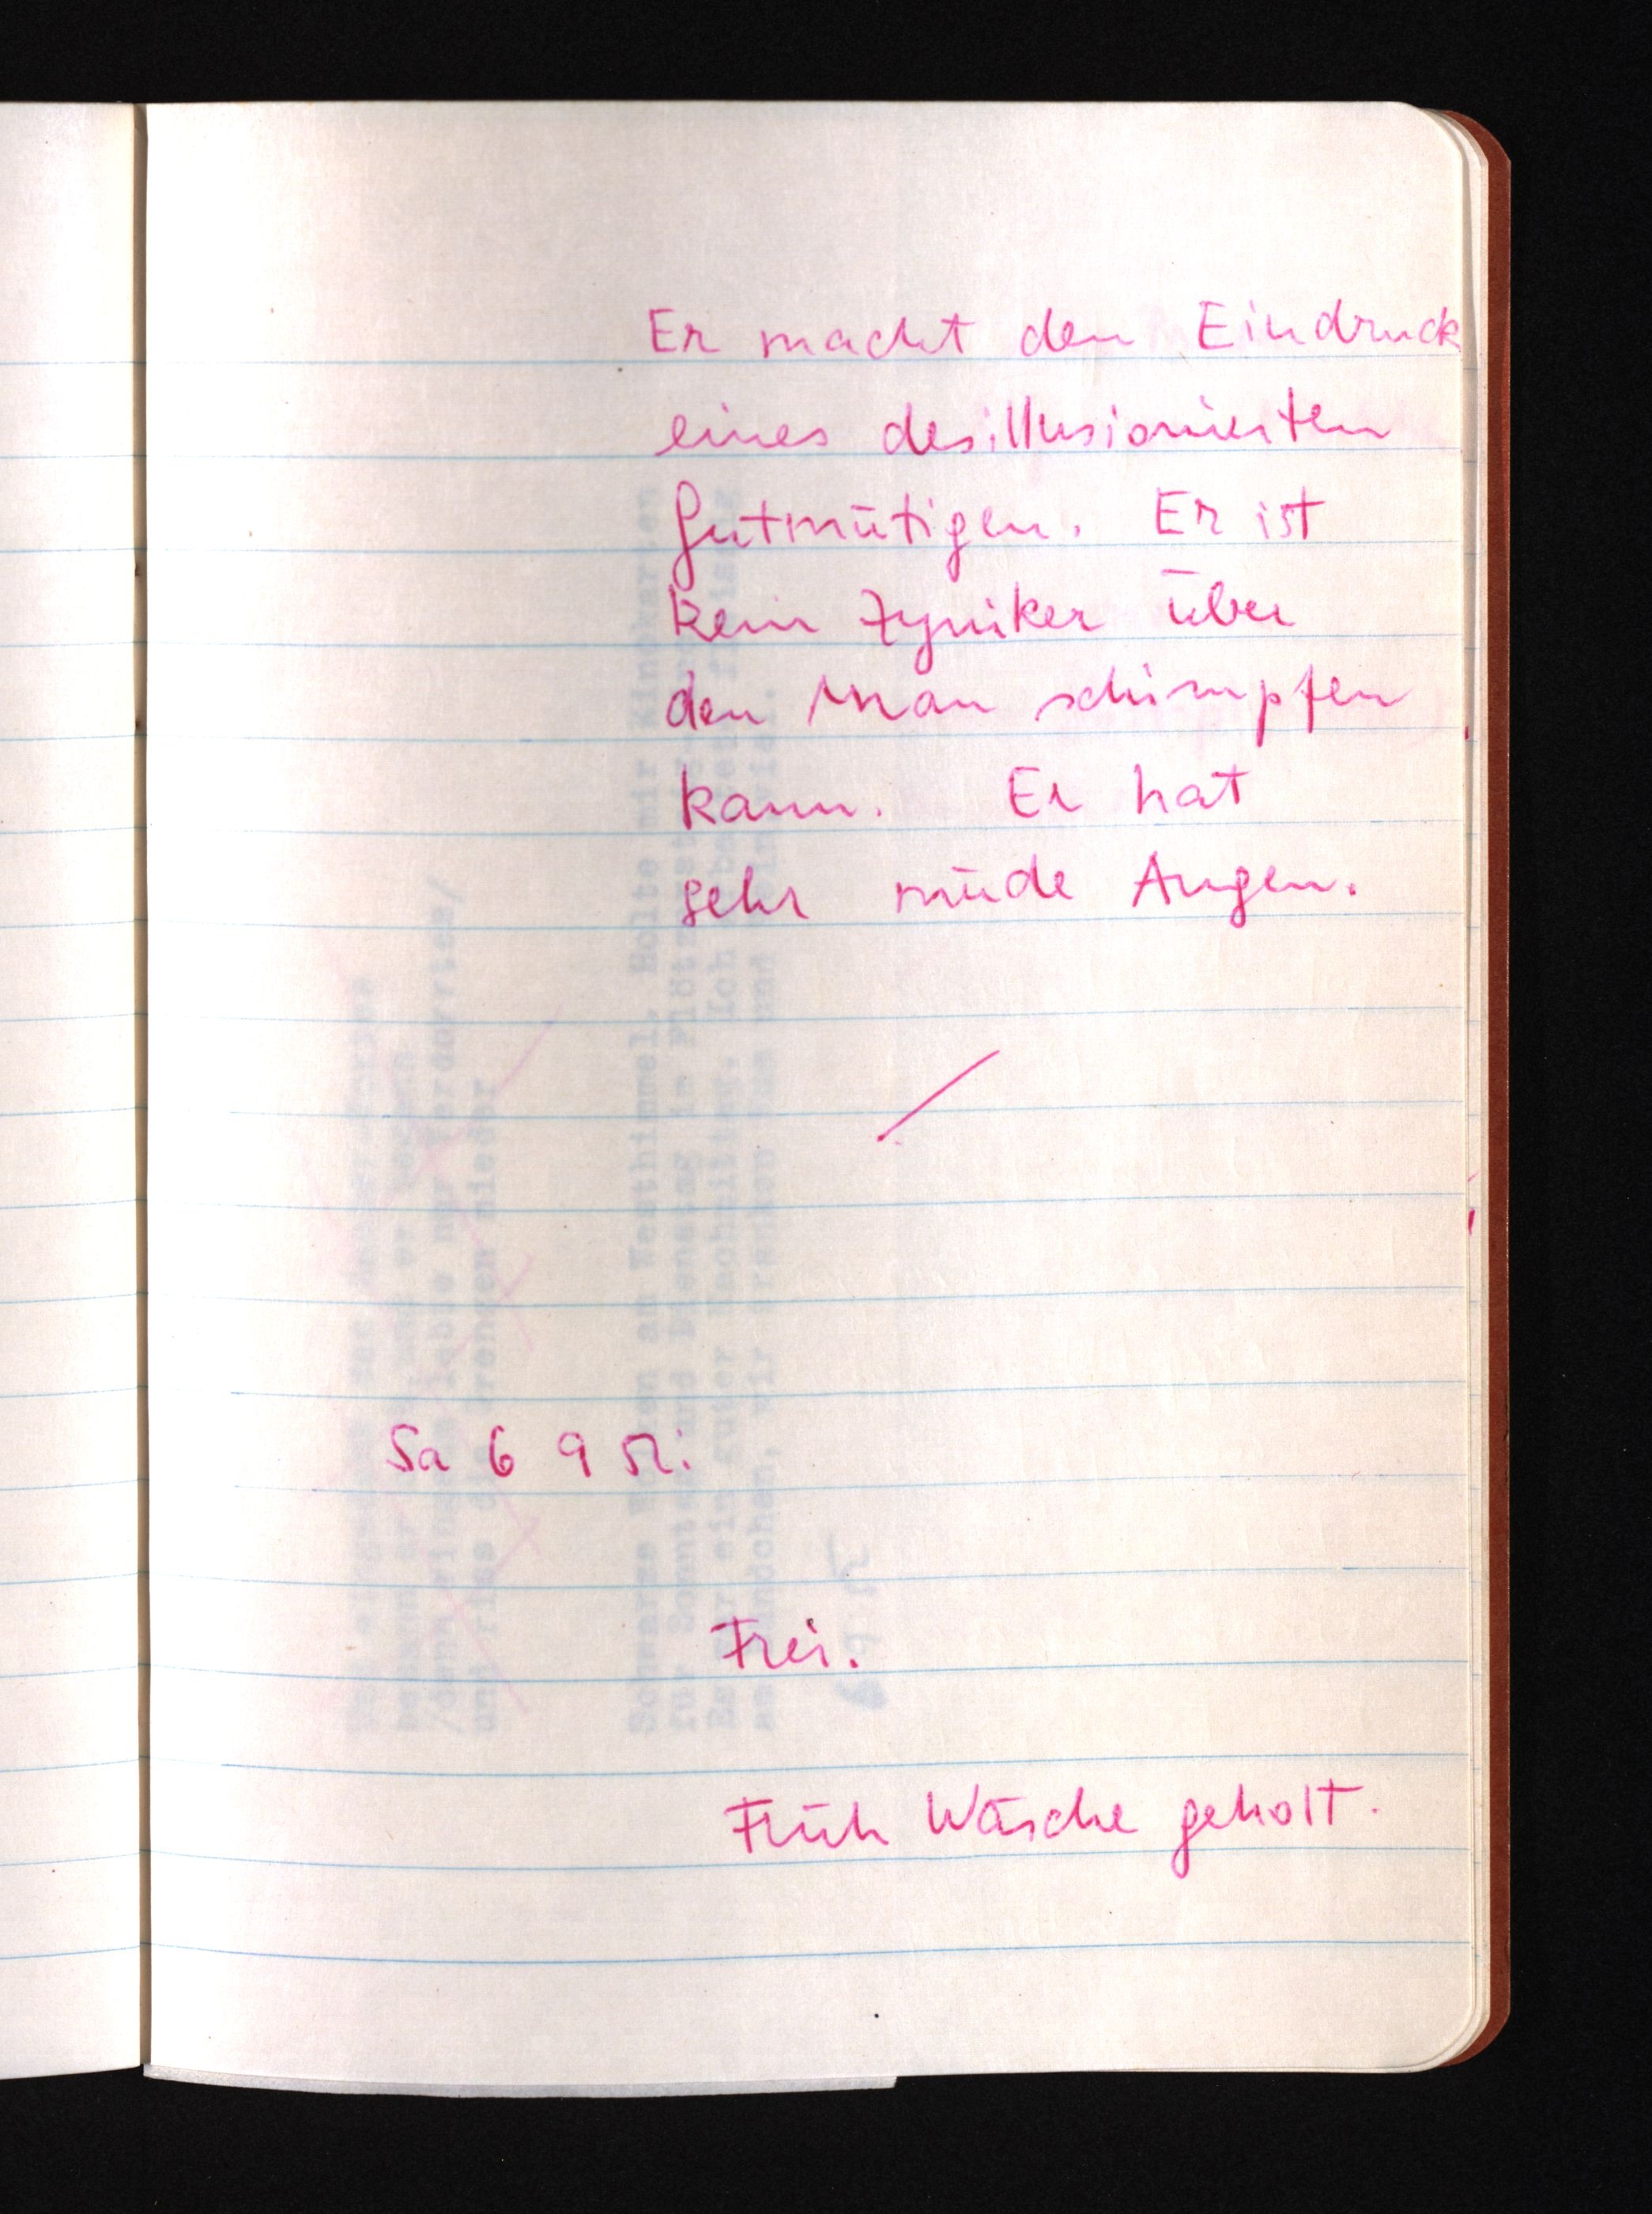
Er macht den Eindruck
eines desillusionierten
Gutmütigen. Er ist
kein Zyniker über
den man schimpfen
kann. Er hat
sehr müde Augen.
Sa 6 9 52:
Frei.
Früh Wäsche geholt.